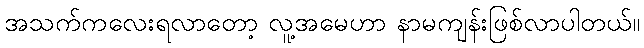
အသက်ကလေးရလာတော့ လူ့အမေဟာ နာမကျန်းဖြစ်လာပါတယ်။